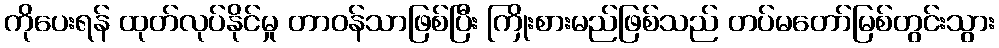
ကိုပေးရန် ထုတ်လုပ်နိုင်မှု တာဝန်သာဖြစ်ပြီး ကြိုးစားမည်ဖြစ်သည် တပ်မတော်မြစ်တွင်းသွား